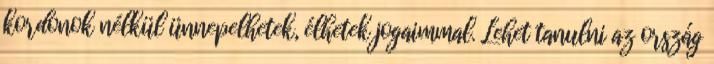
kordonok nélkül ünnepelhetek, élhetek jogaimmal. Lehet tanulni az ország